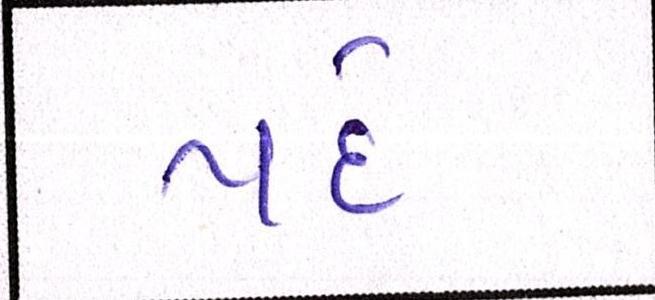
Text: પદે